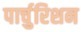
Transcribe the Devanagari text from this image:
पार्चुरिशन